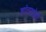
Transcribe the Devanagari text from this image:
शांतताप्रेमी